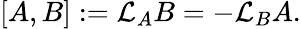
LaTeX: [A,B]:={\mathcal{L}}_{A}B=-{\mathcal{L}}_{B}A.